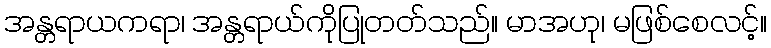
အန္တရာယကရာ၊ အန္တရာယ်ကိုပြုတတ်သည်။ မာအဟု၊ မဖြစ်စေလင့်။